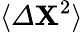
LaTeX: \langle{\mit\Delta}\mathbf{X}^{2}\rangle